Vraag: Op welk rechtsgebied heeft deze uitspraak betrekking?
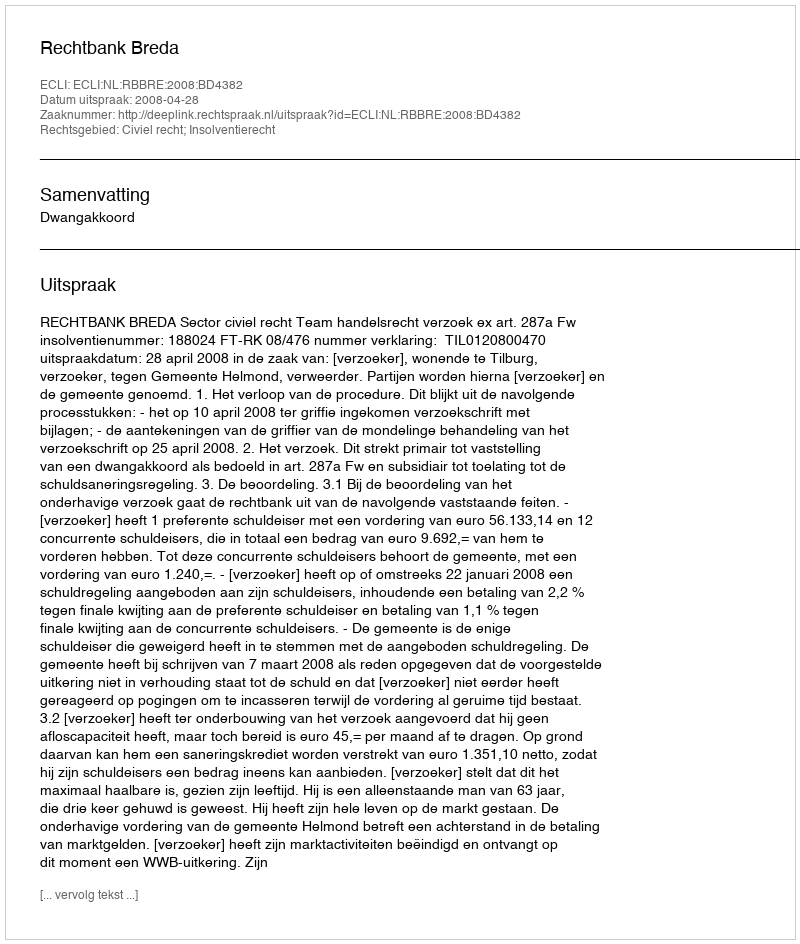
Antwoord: Civiel recht; Insolventierecht